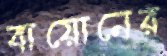
বায়োনের